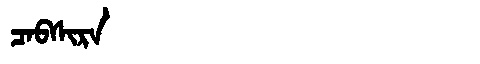
Manchu: ᠴᠠᠪᠰᡳᡵᠠ
Romanization: CABSIRA